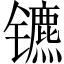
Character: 镳